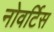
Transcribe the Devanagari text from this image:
नोवर्टिस